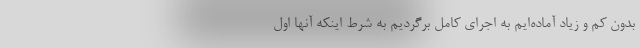
بدون کم و زیاد آماده‌ایم به اجرای کامل برگردیم به شرط اینکه آنها اول